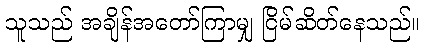
သူသည် အချိန်အတော်ကြာမျှ ငြိမ်ဆိတ်နေသည်။